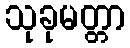
သုခုမတ္တာ